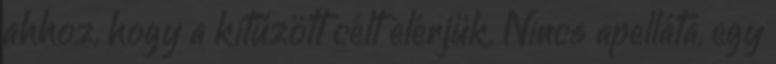
ahhoz, hogy a kitűzött célt elérjük. Nincs apelláta, egy